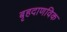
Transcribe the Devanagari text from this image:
बृहदाणविक